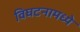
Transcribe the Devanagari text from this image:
विघटनामध्ये